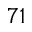
^ { 7 1 }